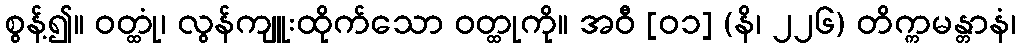
စွန့်၍။ ဝတ္ထုံ၊ လွန်ကျူးထိုက်သော ဝတ္ထုကို။ အဝီ [၀၁] (နိ၊ ၂၂၆) တိက္ကမန္တာနံ၊